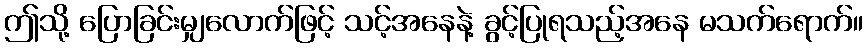
ဤသို့ ပြောခြင်းမျှလောက်ဖြင့် သင့်အနေနဲ့ ခွင့်ပြုရသည့်အနေ မသက်ရောက်။